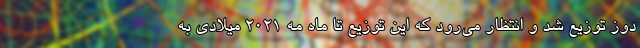
دوز توزیع شد و انتظار می‌رود که این توزیع تا ماه مه ۲۰۲۱ میلادی به